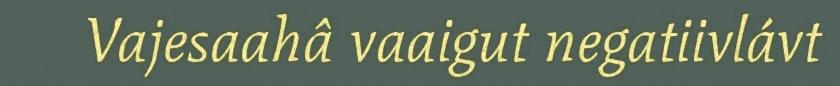
Vajesaahâ vaaigut negatiivlávt